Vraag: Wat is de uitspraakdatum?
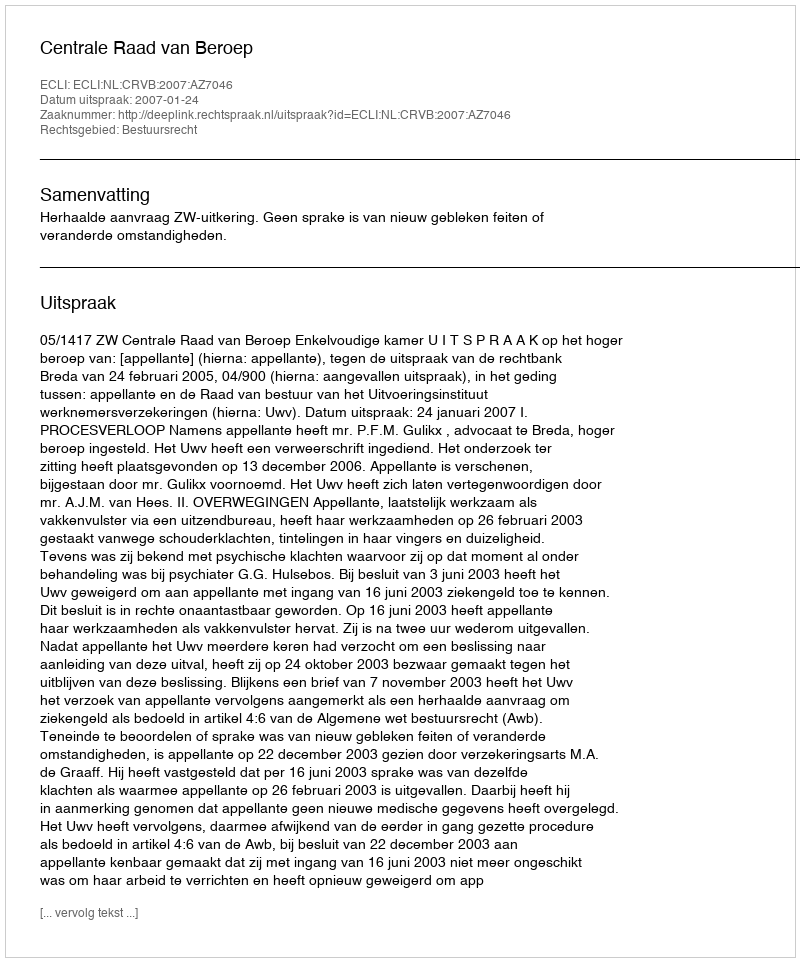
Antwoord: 2007-01-24